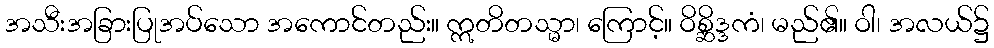
အသီးအခြားပြုအပ်သော အကောင်တည်း။ ဣတိတသ္မာ၊ ကြောင့်။ ဝိစ္ဆိဒ္ဒကံ၊ မည်၏။ ဝါ၊ အလယ်၌